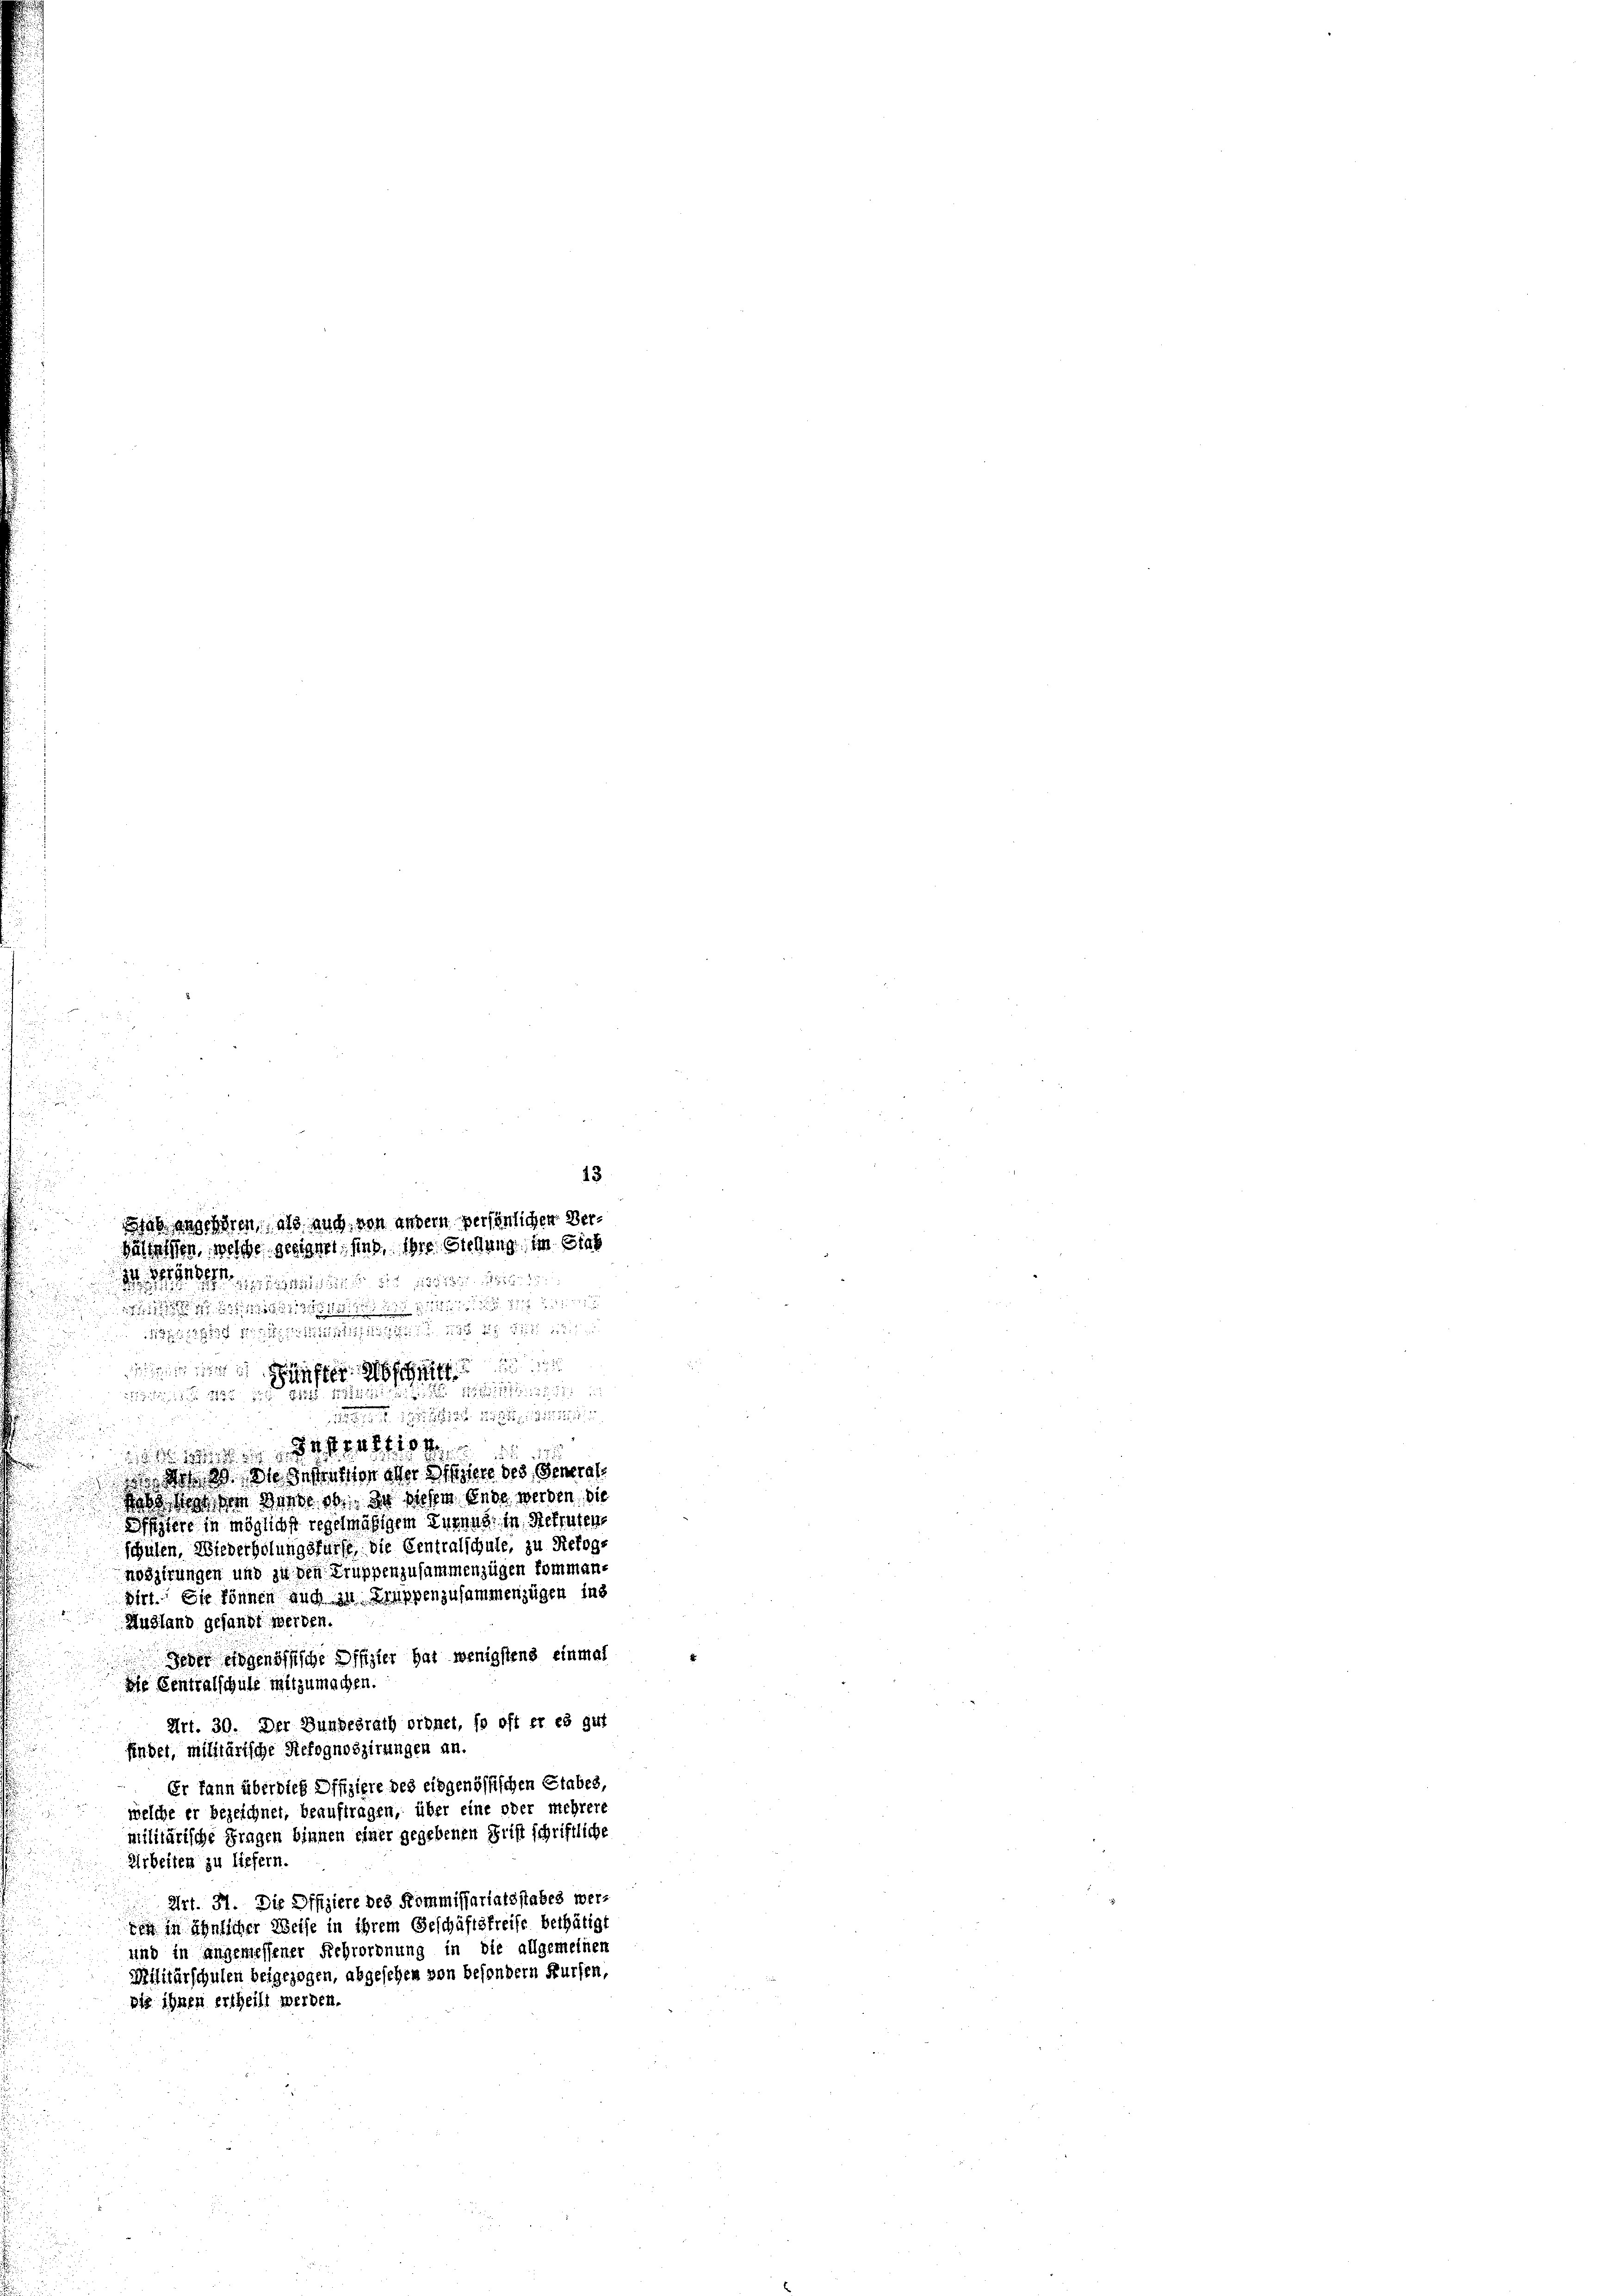
ab angehören, als auch von andern persönlichen Verhältnissen, welche geeignet sind, ihre Stellung im Sieb
 111 34. 5. Die 18818. No. 18.

1
 12 x

1
28 1882
e
.
inen u. es schriebe, den seinen und nun diesen un
15 f 12
 den die Instration oder Disziere des General
Rabe so von Dann es in diesem Ende werden die
Afftere in möglichst regelmäßigem Turnus in Rekrutens
fchulen, Niederholungsfürfe die Centralschule, zu Refog-
noszirungen und zu den Gruppenzusammenzügen kommanzirt. Sie können auch zu Gruppenzusammenzügen ins
Ausland gesandt werden.
ee gegenössische Offizier hat wenigstens einmal
e Centralschule mitzumachen.
Art. 30. Der Bundesrath ordnet, so oft er es gut
findet, militärische Refognoszirungen an.
Er kann über dies Offiziere des eidgenössischen Stabes,
welche er bezeichnet, beauftragen, über eine oder mehrere
militärische Fragen binnen einer gegebenen Geist schriftliche
Arbeiten zu liefern.
Art. 31. Die Offiziere des Kommissariatsstabes wer-
den in ähnlicher Weise in ihrem Geschäftsfreise bethätigt
und in angemessener Fehrordnung in die allgemeinen
Militärschulen beigezogen, abgesehen von besondern Kürfen,
die ihnen ertheilt werden.

a

13